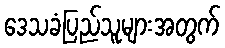
ဒေသခံပြည်သူများအတွက်